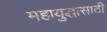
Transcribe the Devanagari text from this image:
महायुद्धासाठी